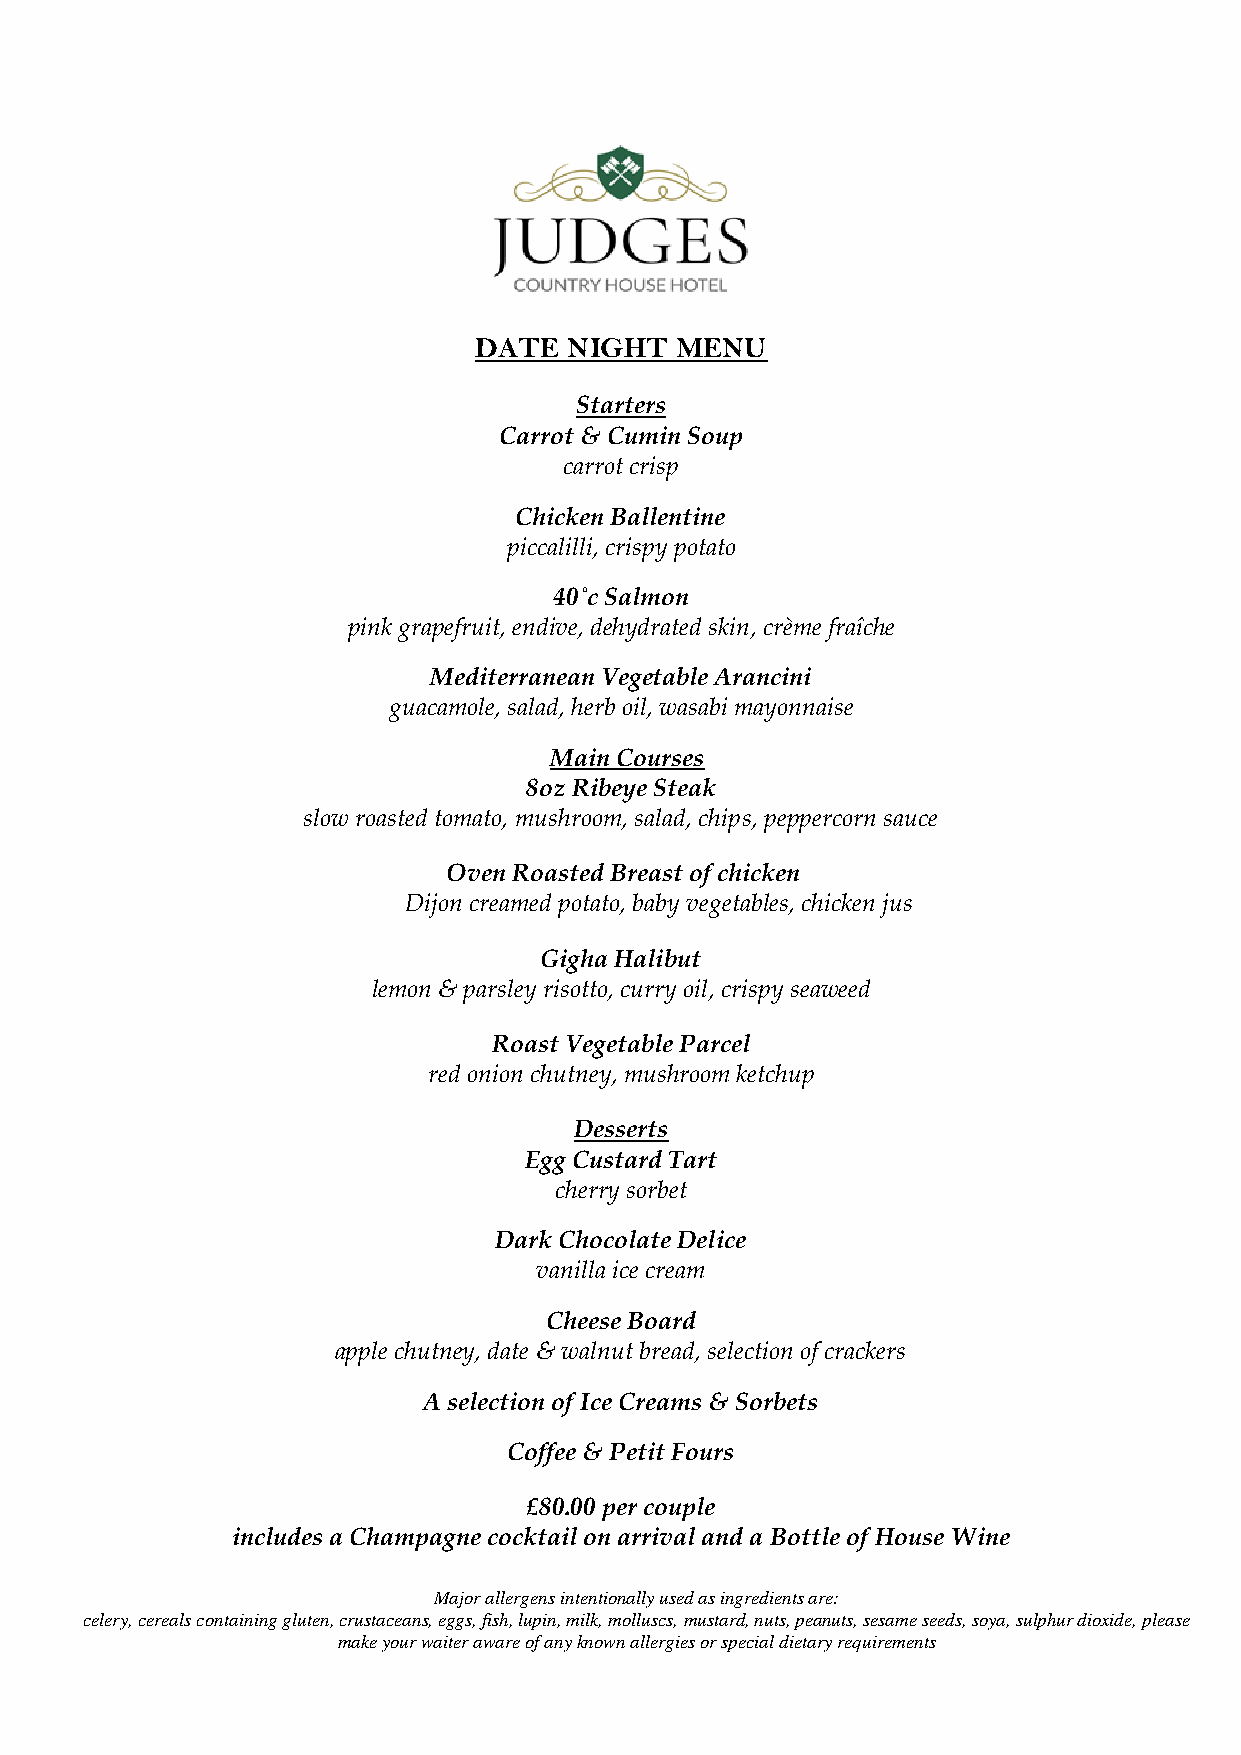
DATE  NIGHT   MENU
 Starters
 Carrot & Cumin Soup
 carrot crisp
 Chicken Ballentine
 piccalilli, crispy potato
 40˚c Salmon
 pink grapefruit, endive, dehydrated skin, crème fraîche
 Mediterranean Vegetable Arancini
 guacamole, salad, herb oil, wasabi mayonnaise
 Main Courses
 8oz Ribeye Steak
 slow roasted tomato, mushroom, salad, chips, peppercorn sauce
 Oven Roasted Breast of chicken
 Dijon creamed potato, baby vegetables, chicken jus
 Gigha Halibut
 lemon & parsley risotto, curry oil, crispy seaweed
 Roast Vegetable Parcel
 red onion chutney, mushroom ketchup
 Desserts
 Egg Custard Tart
 cherry sorbet
 Dark Chocolate Delice
 vanilla ice cream
 Cheese Board
 apple chutney, date & walnut bread, selection of crackers
 A selection of Ice Creams & Sorbets
 Coffee & Petit Fours
 £80.00 per couple
 includes a Champagne cocktail on arrival and a Bottle of House Wine
 Major allergens intentionally used as ingredients are:
 celery, cereals containing gluten, crustaceans, eggs, fish, lupin, milk, molluscs, mustard, nuts, peanuts, sesame seeds, soya, sulphur dioxide, please
 make your waiter aware of any known allergies or special dietary requirements